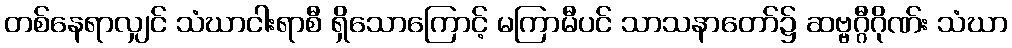
တစ်နေရာလျှင် သံဃာငါးရာစီ ရှိသောကြောင့် မကြာမီပင် သာသနာတော်၌ ဆဗ္ဗဂ္ဂီဂိုဏ်း သံဃာ